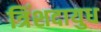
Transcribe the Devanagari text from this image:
त्रिंशदायुध